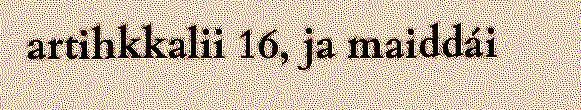
artihkkalii 16, ja maiddái